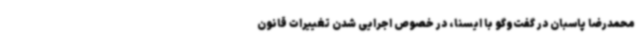
محمدرضا پاسبان در گفت‌وگو با ایسنا، در خصوص اجرایی شدن تغییرات قانون